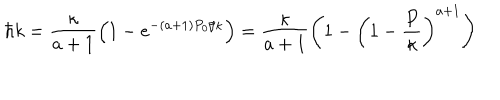
\hbar k = \frac { \kappa } { a + 1 } \left( 1 - e ^ { - ( a + 1 ) P _ { 0 } / \kappa } \right) = \frac { \kappa } { a + 1 } \left( 1 - \left( 1 - \frac P \kappa \right) ^ { a + 1 } \right)